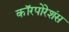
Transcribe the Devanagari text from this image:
कॉरपोरेशंस